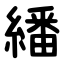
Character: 繙